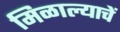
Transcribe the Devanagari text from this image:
मिळाल्याचें